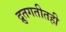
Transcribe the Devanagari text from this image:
द्रुतगतीतही